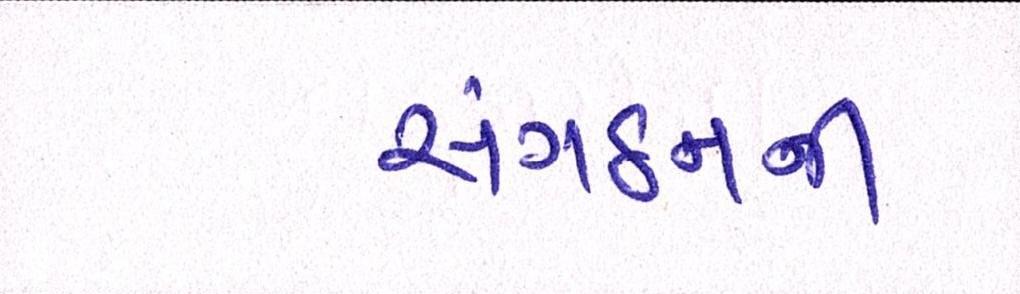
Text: સંગઠનની